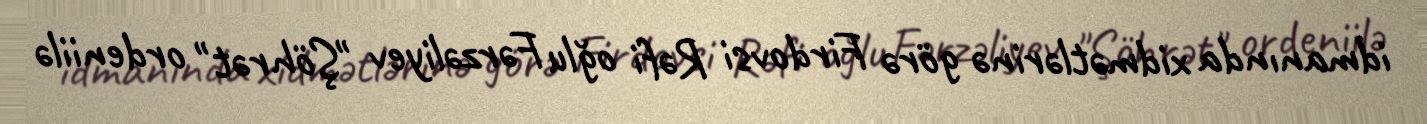
idmanında xidmətlərinə görə Firdovsi Rəfi oğlu Fərzəliyev "Şöhrət" ordeniilə